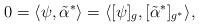
LaTeX: \begin{align*}0 = \langle \psi, \tilde{\alpha}^* \rangle= \langle [\psi]_g , [\tilde{\alpha}^*]_{g^*} \rangle ,\end{align*}